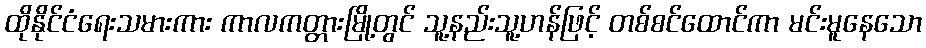
ထိုနိုင်ငံရေးသမားကား ကာလကတ္တားမြို့တွင် သူ့နည်းသူ့ဟန်ဖြင့် တစ်စင်ထောင်ကာ မင်းမူနေသော